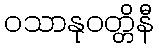
ဝသာနုဝတ္တိနီ